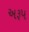
અરૂપ